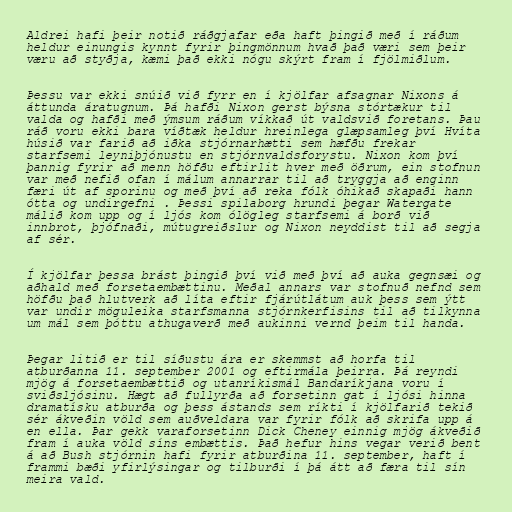
Aldrei hafi þeir notið ráðgjafar eða haft þingið með í ráðum
heldur einungis kynnt fyrir þingmönnum hvað það væri sem þeir
væru að styðja, kæmi það ekki nógu skýrt fram í fjölmiðlum.

Þessu var ekki snúið við fyrr en í kjölfar afsagnar Nixons á
áttunda áratugnum. Þá hafði Nixon gerst býsna stórtækur til
valda og hafði með ýmsum ráðum víkkað út valdsvið foretans. Þau
ráð voru ekki bara víðtæk heldur hreinlega glæpsamleg því Hvíta
húsið var farið að iðka stjórnarhætti sem hæfðu frekar
starfsemi leyniþjónustu en stjórnvaldsforystu. Nixon kom því
þannig fyrir að menn höfðu eftirlit hver með öðrum, ein stofnun
var með nefið ofan í málum annarrar til að tryggja að enginn
færi út af sporinu og með því að reka fólk óhikað skapaði hann
ótta og undirgefni . Þessi spilaborg hrundi þegar Watergate
málið kom upp og í ljós kom ólögleg starfsemi á borð við
innbrot, þjófnaði, mútugreiðslur og Nixon neyddist til að segja
af sér.

Í kjölfar þessa brást þingið því við með því að auka gegnsæi og
aðhald með forsetaembættinu. Meðal annars var stofnuð nefnd sem
höfðu það hlutverk að líta eftir fjárútlátum auk þess sem ýtt
var undir möguleika starfsmanna stjórnkerfisins til að tilkynna
um mál sem þóttu athugaverð með aukinni vernd þeim til handa.

Þegar litið er til síðustu ára er skemmst að horfa til
atburðanna 11. september 2001 og eftirmála þeirra. Þá reyndi
mjög á forsetaembættið og utanríkismál Bandaríkjana voru í
sviðsljósinu. Hægt að fullyrða að forsetinn gat í ljósi hinna
dramatísku atburða og þess ástands sem ríkti í kjölfarið tekið
sér ákveðin völd sem auðveldara var fyrir fólk að skrifa upp á
en ella. Þar gekk varaforsetinn Dick Cheney einnig mjög ákveðið
fram í auka völd síns embættis. Það hefur hins vegar verið bent
á að Bush stjórnin hafi fyrir atburðina 11. september, haft í
frammi bæði yfirlýsingar og tilburði í þá átt að færa til sín
meira vald.